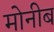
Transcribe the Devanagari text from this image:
मोनीब